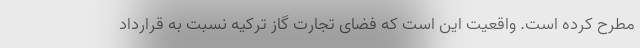
مطرح کرده است. واقعیت این است که فضای تجارت گاز ترکیه نسبت به قرارداد